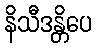
နိသီဒန္တိပေ